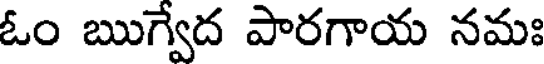
ఓం ఋగ్వేద పారగాయ నమః